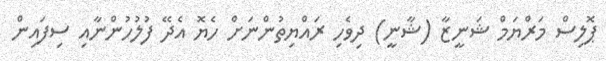
ޕޮލިސް މަރްޔަމް ޝަނީޒާ (ޝާނީ) ދިވެހި ރައްޔިތުންނަށް ހެޔޮ އެދޭ ފުލުހުންނާއި ސިފައިން